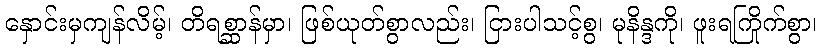
နှောင်းမှကျန်လိမ့်၊ တိရစ္ဆာန်မှာ၊ ဖြစ်ယုတ်စွာလည်း၊ ငြားပါသင့်စွ၊ မုနိန္ဒကို၊ ဖူးရကြိုက်စွာ၊